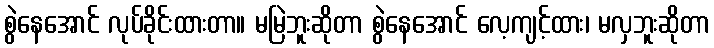
စွဲနေအောင် လုပ်ခိုင်းထားတာ။ မမြဲဘူးဆိုတာ စွဲနေအောင် လေ့ကျင့်ထား၊ မလှဘူးဆိုတာ